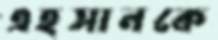
এহসানকে